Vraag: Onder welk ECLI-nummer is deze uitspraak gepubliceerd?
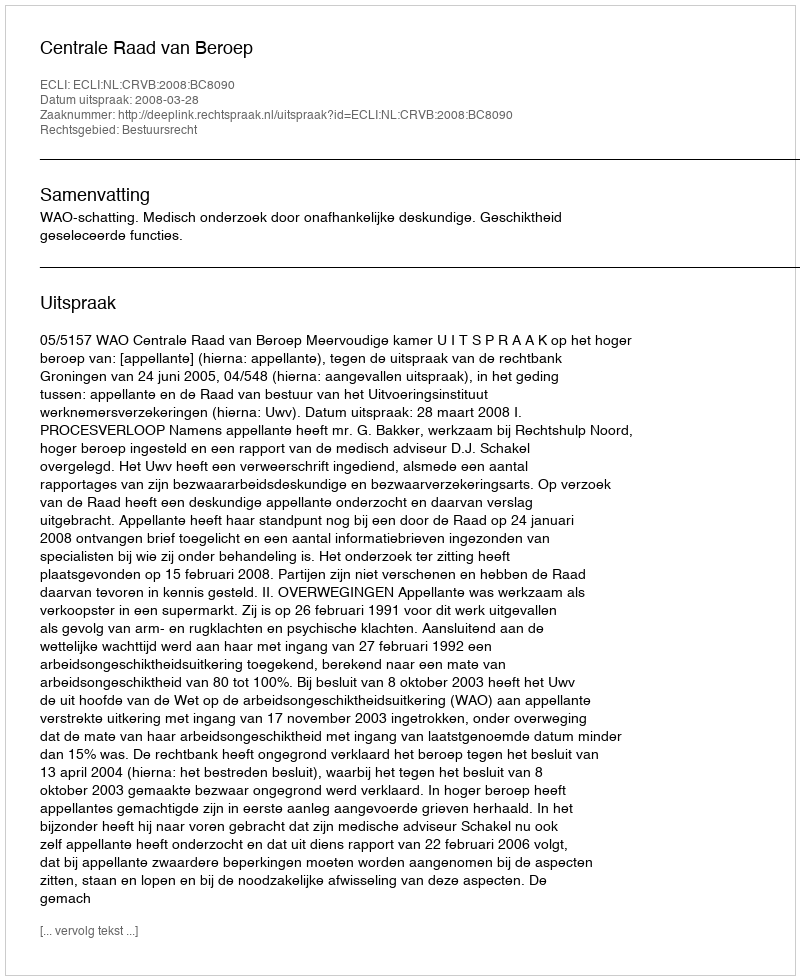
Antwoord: ECLI:NL:CRVB:2008:BC8090